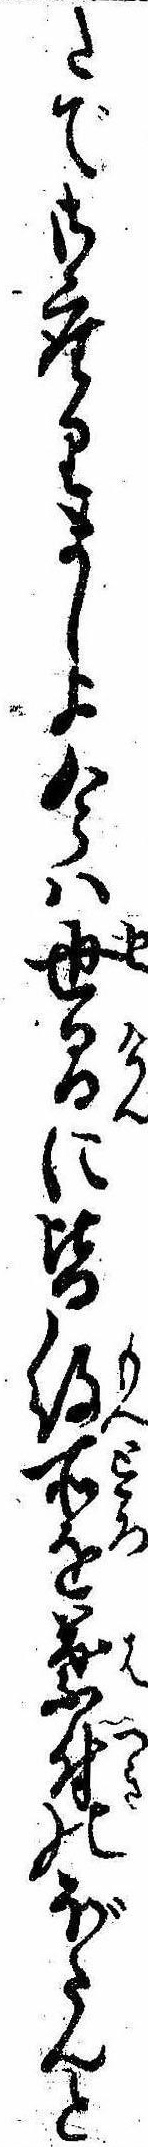
たで御座りましよ今は世間に皆紋所を葉付のぼたんと